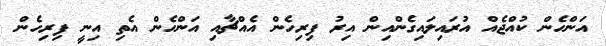
އަންހެން ކުއްޖެއް އުރައިލައިގެންއިން އިރު ފިރިހެން އެއްޗާއި އަންހެން އެތި އިނީ ފިރިހެން